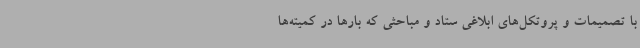
با تصمیمات و پروتکل‌های ابلاغی ستاد و مباحثی که بارها در کمیته‌ها